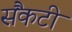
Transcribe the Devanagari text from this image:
सैंकटी